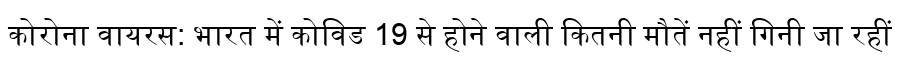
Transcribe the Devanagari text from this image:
कोरोना वायरस: भारत में कोविड 19 से होने वाली कितनी मौतें नहीं गिनी जा रहीं